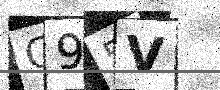
Text: G95V